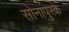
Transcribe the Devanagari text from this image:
सोनापुरके